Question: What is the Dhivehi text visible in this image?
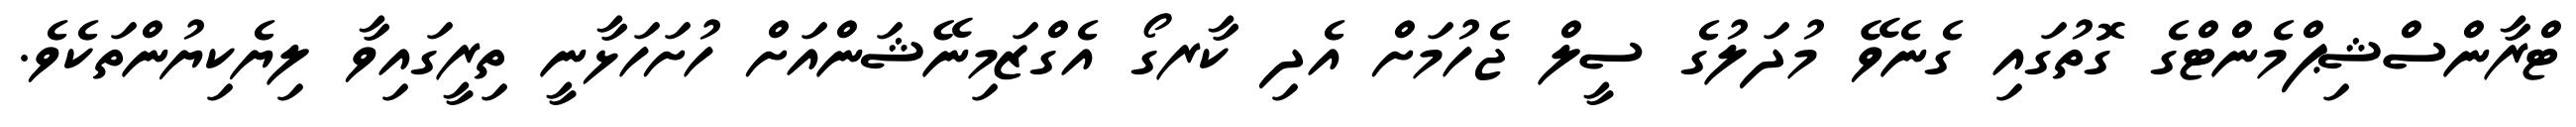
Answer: ޓްރާންސްޝިޕްމެންޓްގެ ގޮތުގައި ގެނެވޭ މުދަލުގެ ސީލް ޖެހުމަށް އެދި ކާރގޯ އެގްޒަމިނޭޝަންއަށް ހުށަހަޅާނީ ތިރީގައިވާ ލިޔެކިޔުންތަކެވެ.